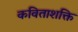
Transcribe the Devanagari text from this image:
कविताशक्ति